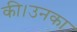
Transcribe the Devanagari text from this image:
की।उनका